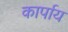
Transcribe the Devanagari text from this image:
कार्पाय